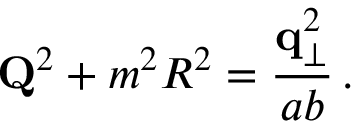
{ \bf Q } ^ { 2 } + m ^ { 2 } R ^ { 2 } = { \frac { { \bf q } _ { \perp } ^ { 2 } } { a b } } \, .